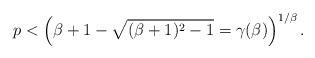
LaTeX: \begin{align*}p<\left(\beta+1-\sqrt{(\beta+1)^2-1}=\gamma(\beta) \right)^{1/\beta}.\end{align*}